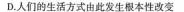
D人门的上活方式中此发中 0月年102分)R有报.